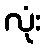
လုံး